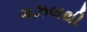
ગઝલથી